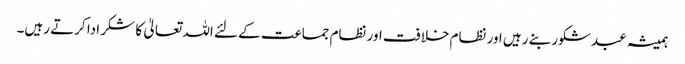
ہمیشہ عبد شکور بنے رہیں اور نظام خلافت اور نظام جماعت کے لئے اللہ تعالیٰ کا شکر ادا کرتے رہیں۔